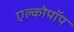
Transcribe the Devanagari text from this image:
एल्कोपॉप